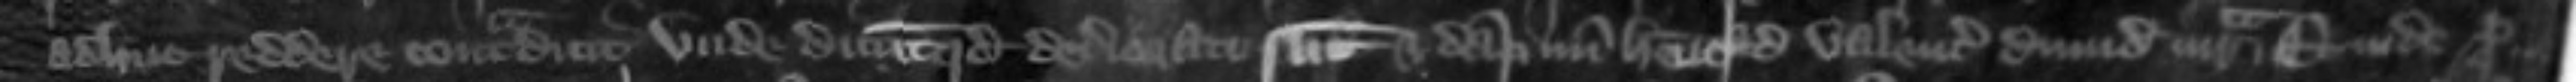
adhuc reddere contradicit unde dicunt quod deteriorati sunt et dampnum habent ad valenciam dimidie marce Et inde pro